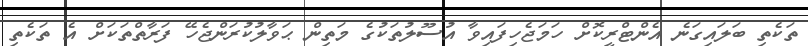
ތަކެތި ބަލައިގަނެ އެންޓްރީކޮށް ހަމަޖެހިފައިވާ އުސޫލުތަކުގެ މަތިން ޙަވާލުކުރަންޖެހޭ ފަރާތްތަކަށް އެ ތަކެތި